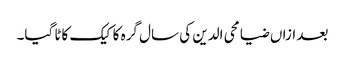
بعد ازاں ضیا محی الدین کی سال گرہ کا کیک کاٹا گیا۔